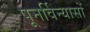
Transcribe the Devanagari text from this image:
पूनर्विन्यासों